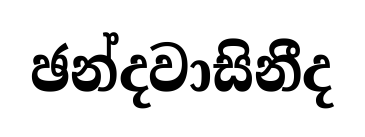
ඡන්දවාසිනීද